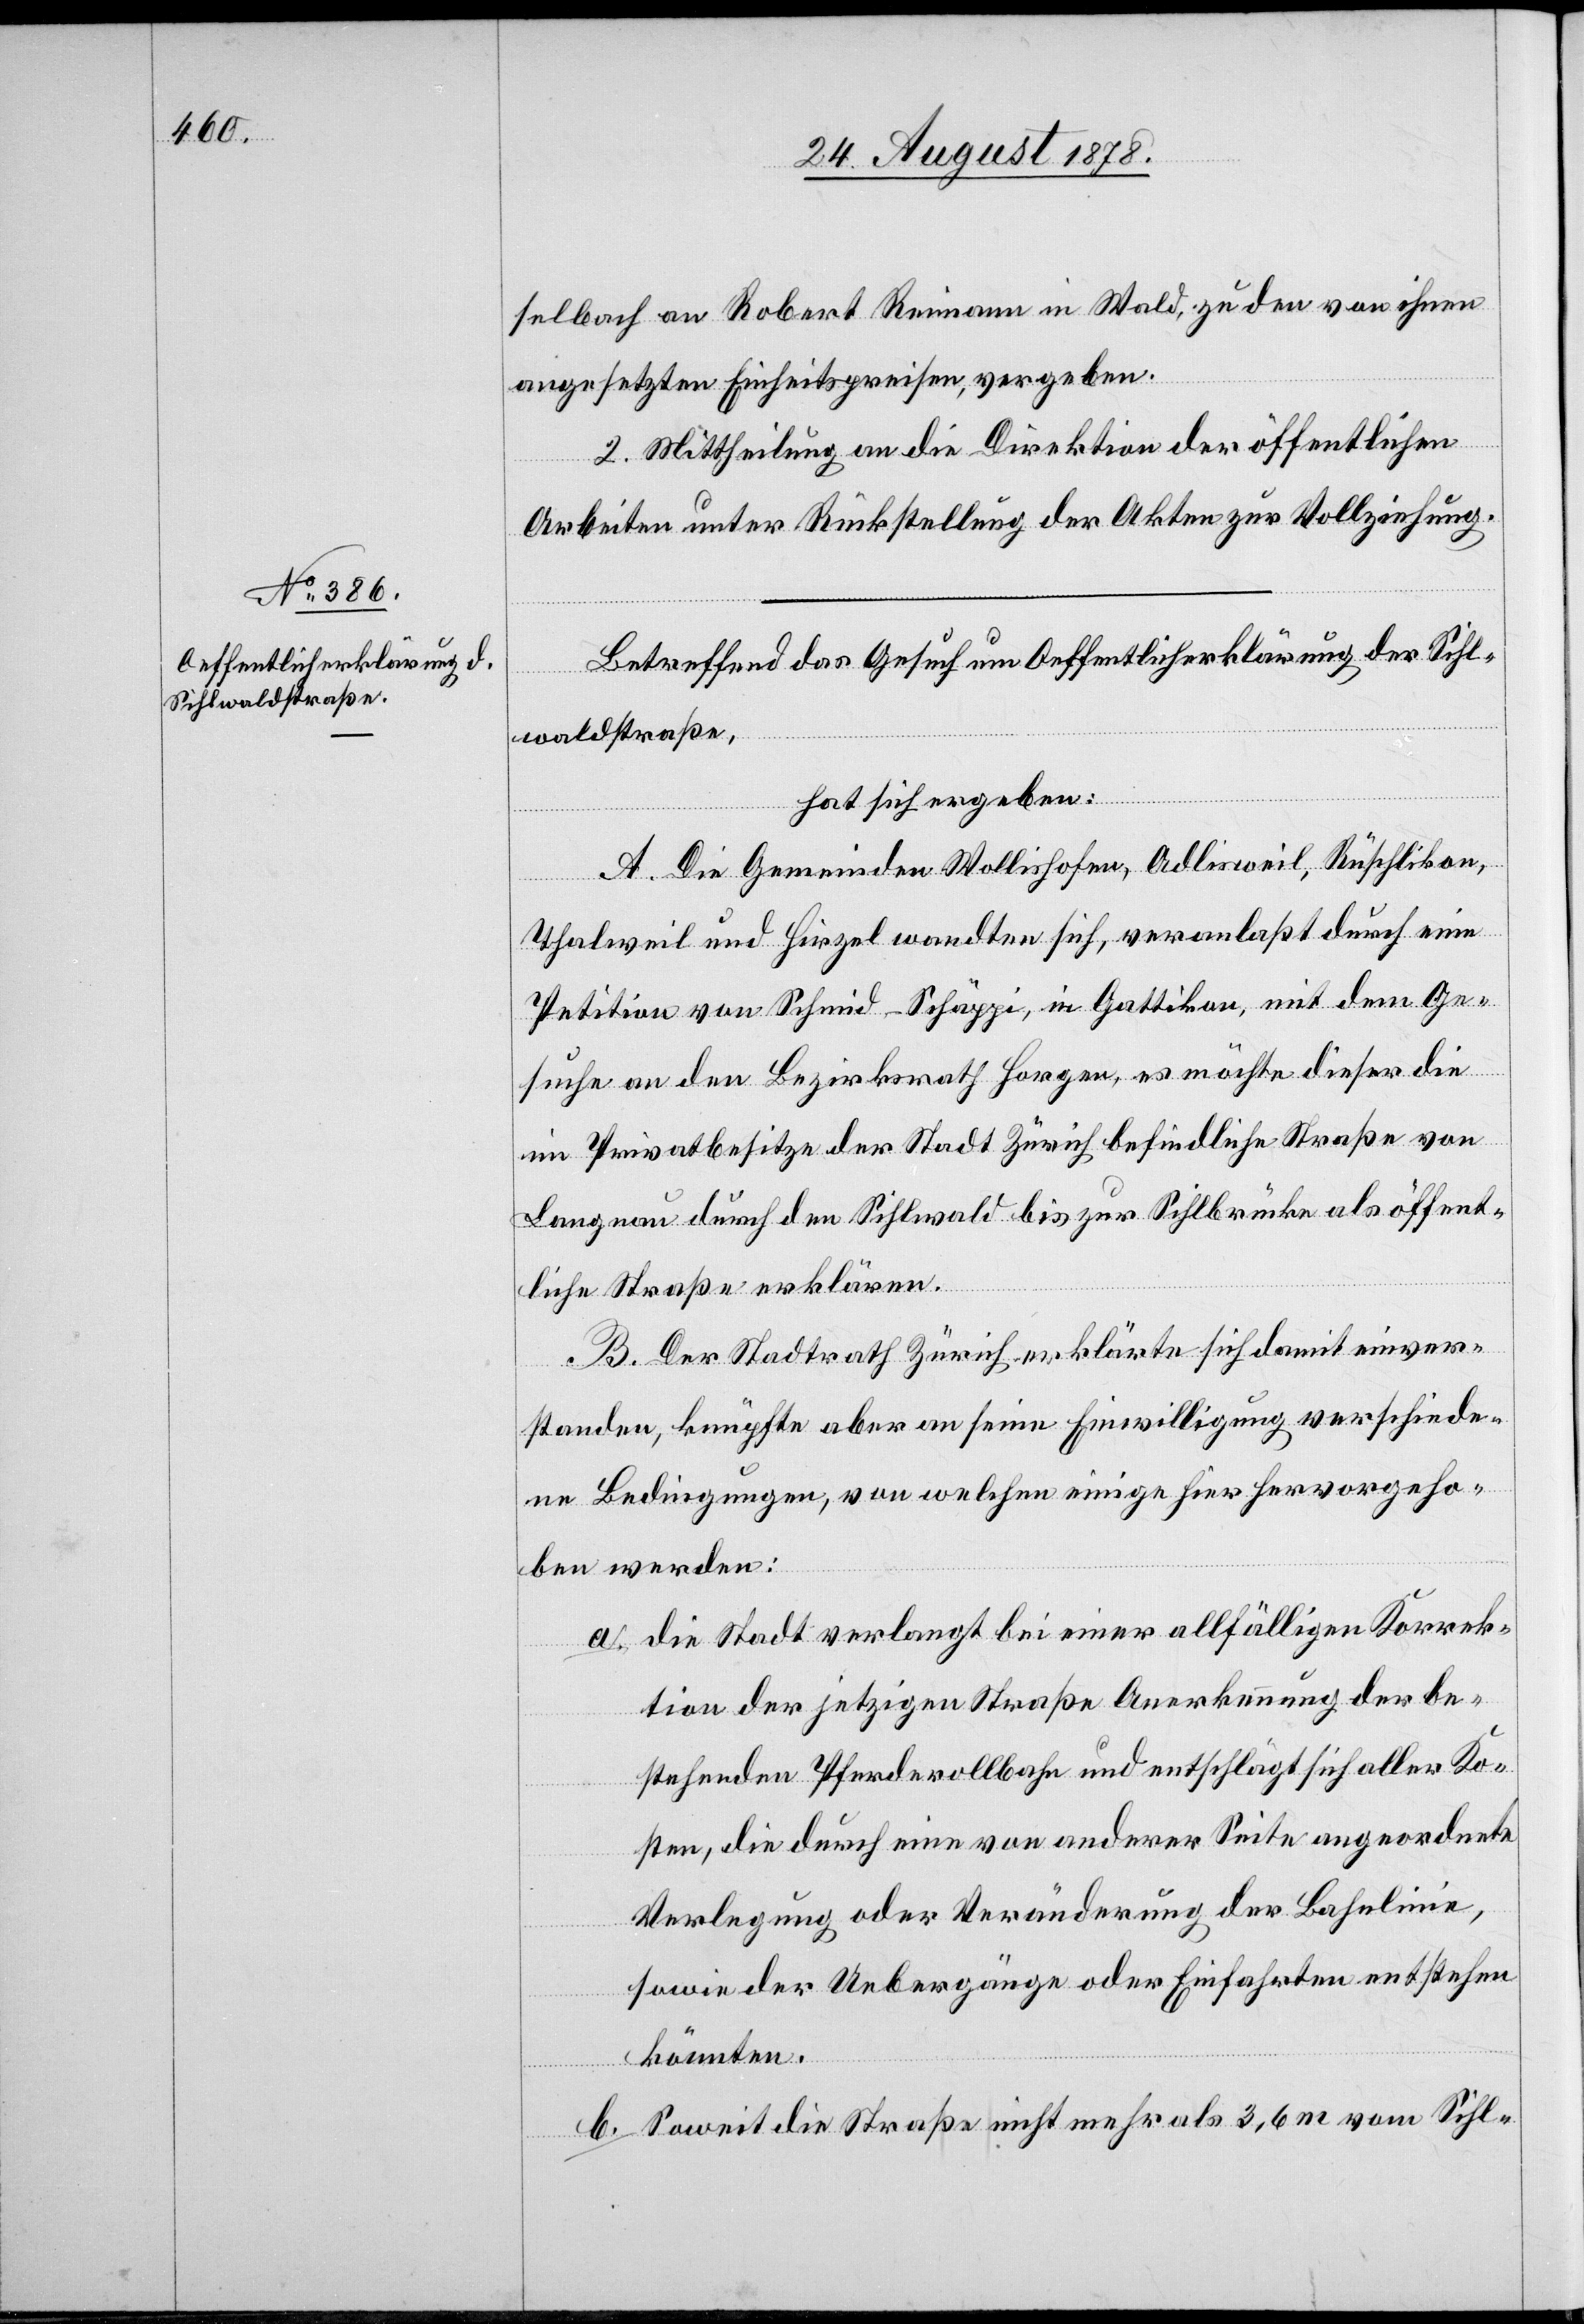
selbach an Robert Reimann in Wald, zu den von ihnen
angesetzten Einheitspreisen, vergeben.
2. Mittheilung an die Direktion der öffentlichen
Arbeiten unter Rückstellung der Akten zur Vollziehung.
Betreffend das Gesuch um Oeffentlicherklärung der Sihl¬
waldstraße,
hat sich ergeben:
A. Die Gemeinden Wollishofen, Adlisweil, Rüschlikon,
Thalweil und Hirzel wandten sich, veranlaßt durch eine
Petition von Schmid-Schäppi, in Gattikon, mit dem Ge¬
suche an den Bezirksrath Horgen, es möchte dieser die
im Privatbesitze der Stadt Zürich befindliche Straße von
Langnau durch den Sihlwald bis zur Sihlbrücke als öffent¬
liche Straße erklären.
B. Der Stadtrath Zürich erklärte sich damit einver¬
standen, knüpfte aber an seine Einwilligung verschiede¬
ne Bedingungen, von welchen einige hier hervorgeho¬
ben werden:
a. die Stadt verlangt bei einer allfälligen Korrek¬
tion der jetzigen Straße Anerkennung der be¬
stehenden Pferderollbahn und entschlägt sich aller Ko¬
sten, die durch eine von anderer Seite angeordnete
Verlegung oder Veränderung der Bahnlinie,
sowie der Uebergänge oder Einfahrten entstehen
könnten.
b. Soweit die Straße nicht mehr als 3,6 m vom Sihl-